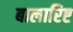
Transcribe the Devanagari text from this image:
बालारिष्ट